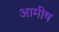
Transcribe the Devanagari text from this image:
आमीष